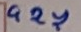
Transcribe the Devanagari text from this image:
५२४